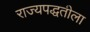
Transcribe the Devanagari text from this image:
राज्यपद्धतीला